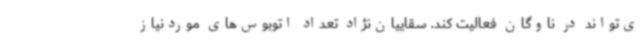
ی‌تواند در ناوگان فعالیت کند. سقاییان‌نژاد تعداد اتوبوس‌های موردنیاز